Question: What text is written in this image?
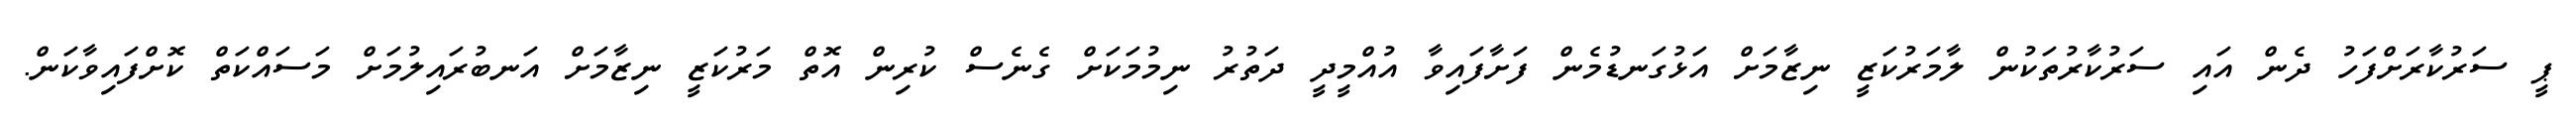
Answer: ޕީ ސަރުކާރަށްފަހު ދެން އައި ސަރުކާރުތަކުން ލާމަރުކަޒީ ނިޒާމަށް އަޅުގަނޑުމެން ފަށާފައިވާ އުއްމީދީ ދަތުރު ނިމުމަކަށް ގެނެސް ކުރިން އޮތް މަރުކަޒީ ނިޒާމަށް އަނބުރައިލުމަށް މަސައްކަތް ކޮށްފައިވާކަން.